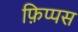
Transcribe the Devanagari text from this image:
फ़िप्पस